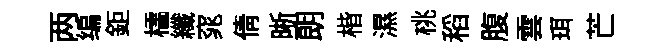
两编鉅櫺纖窕倩晰朗楷濕桃稻腹雲珥芒